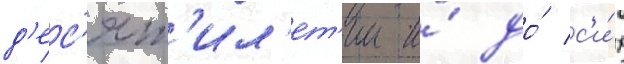
д'ес'ят'ил'ет'ии и́ до́ с'и́х